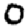
Digit: 0